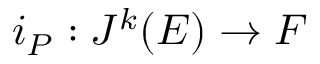
i _ { P } : J ^ { k } ( E ) \rightarrow F